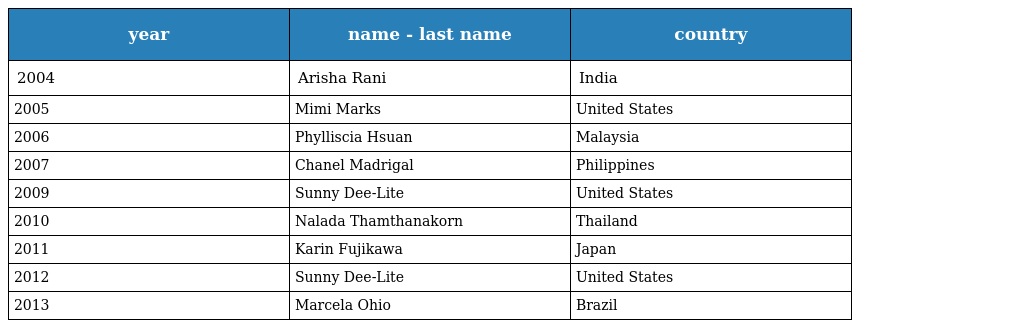
| year | name - last name | country |
 | --- | --- | --- |
 | 2004 | Arisha Rani | India |
 | 2005 | Mimi Marks | United States |
 | 2006 | Phylliscia Hsuan | Malaysia |
 | 2007 | Chanel Madrigal | Philippines |
 | 2009 | Sunny Dee-Lite | United States |
 | 2010 | Nalada Thamthanakorn | Thailand |
 | 2011 | Karin Fujikawa | Japan |
 | 2012 | Sunny Dee-Lite | United States |
 | 2013 | Marcela Ohio | Brazil |